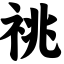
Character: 祧